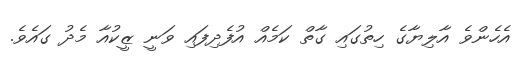
އެހެންވެ އާލިޔާގެ ހިތުގައި ގާތް ކަމެއް އުފެދިފައި ވަނީ ޒީކުއާ މެދު ގައެވެ.